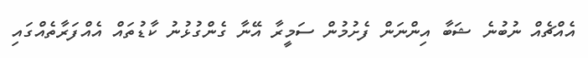
އެއްޗެއް ނުބުނެ ޝަބާ އިންނަން ފެށުމުން ސަމީރާ އޭނާ ގެންގުޅުނު ކާޑުތައް އެއްފަރާތެއްގައި